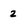
Character: 2